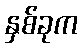
နှစ်ခုက